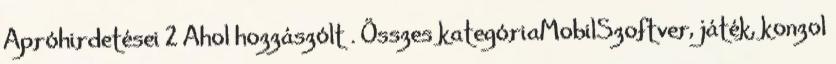
Apróhirdetései 2 Ahol hozzászólt . Összes kategóriaMobilSzoftver, játék, konzol